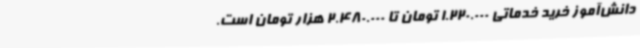
دانش‌آموز خرید خدماتی 1.220.000 تومان تا 2.480.000 هزار تومان است.